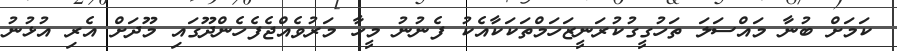
ކަމަށް ބުނާ މައްސަލަ ތަހުގީގުކުރަނީޒަހަމްތަކަކާއެކު ފެނުނު މީހާ މަރުވެއްޖެފެހެންދޫގައި މޫދަށް އެރި އުޅުނު